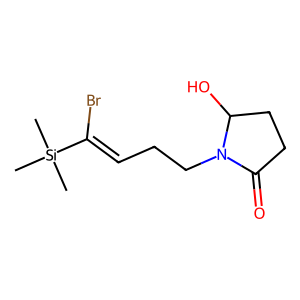
SMILES: C[Si](C)(C)C(Br)=CCCN1C(=O)CCC1O
Inhibits HIV replication: No